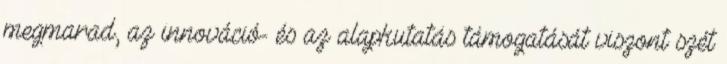
megmarad, az innováció- és az alapkutatás támogatását viszont szét